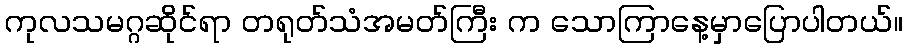
ကုလသမဂ္ဂဆိုင်ရာ တရုတ်သံအမတ်ကြီး က သောကြာနေ့မှာပြောပါတယ်။